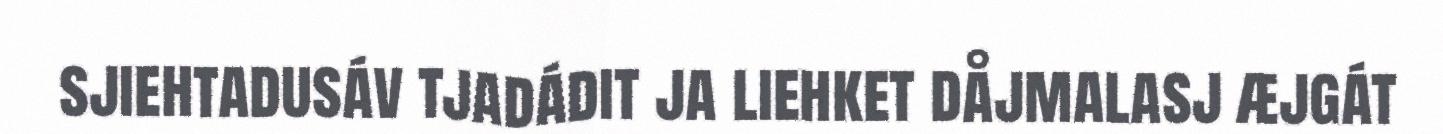
sjiehtadusáv tjadádit ja liehket dåjmalasj æjgát